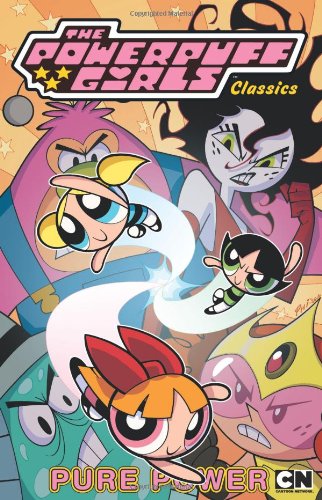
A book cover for Powerpuff Girls Classics Volume 3: Pure Power; Phil Moy; Comics & Graphic Novels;